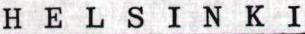
HELSINKI